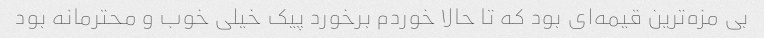
بی مزه‌ترین قیمه‌ای بود که تا حالا خوردم برخورد پیک خیلی خوب و محترمانه بود